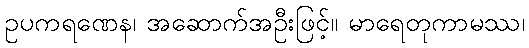
ဥပကရဏေန၊ အဆောက်အဦးဖြင့်။ မာရေတုကာမဿ၊